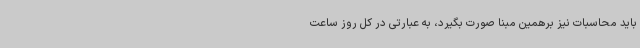
باید محاسبات نیز برهمین مبنا صورت بگیرد، به عبارتی در کل روز ساعت